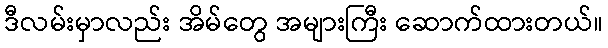
ဒီလမ်းမှာလည်း အိမ်တွေ အများကြီး ဆောက်ထားတယ်။